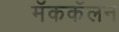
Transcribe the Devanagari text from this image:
मॅककॅलन